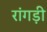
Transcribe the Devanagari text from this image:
रांगड़ी